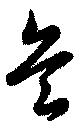
兵